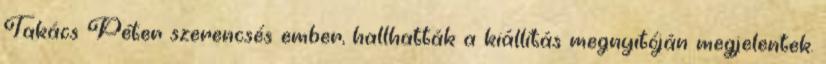
Takács Péter szerencsés ember, hallhatták a kiállítás megnyitóján megjelentek.